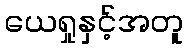
ယေရှုနှင့်အတူ